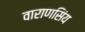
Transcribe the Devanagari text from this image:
वाराणसिंय